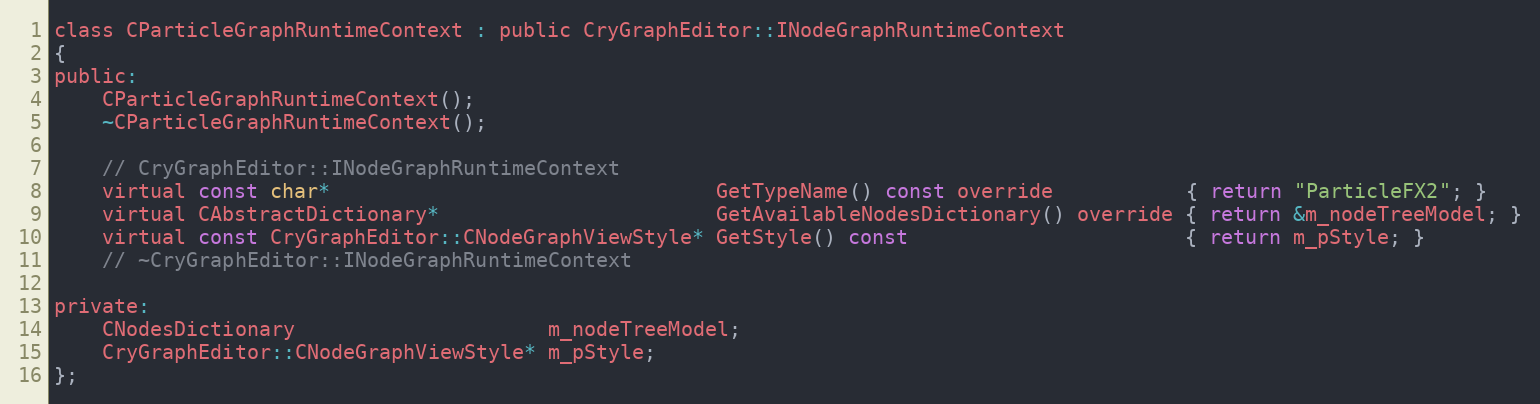
Language: C
class CParticleGraphRuntimeContext : public CryGraphEditor::INodeGraphRuntimeContext
{
public:
	CParticleGraphRuntimeContext();
	~CParticleGraphRuntimeContext();

	// CryGraphEditor::INodeGraphRuntimeContext
	virtual const char*                                GetTypeName() const override           { return "ParticleFX2"; }
	virtual CAbstractDictionary*                       GetAvailableNodesDictionary() override { return &m_nodeTreeModel; }
	virtual const CryGraphEditor::CNodeGraphViewStyle* GetStyle() const                       { return m_pStyle; }
	// ~CryGraphEditor::INodeGraphRuntimeContext

private:
	CNodesDictionary                     m_nodeTreeModel;
	CryGraphEditor::CNodeGraphViewStyle* m_pStyle;
};